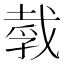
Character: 𪭒